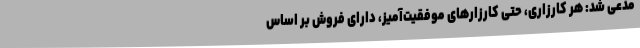
مدعی شد: هر کارزاری، حتی کارزارهای موفقیت‌آمیز، دارای فروش بر اساس